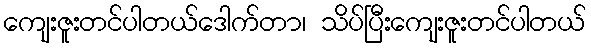
ကျေးဇူးတင်ပါတယ်ဒေါက်တာ၊ သိပ်ပြီးကျေးဇူးတင်ပါတယ်